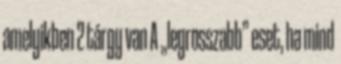
amelyikben 2 tárgy van A „legrosszabb” eset, ha mind